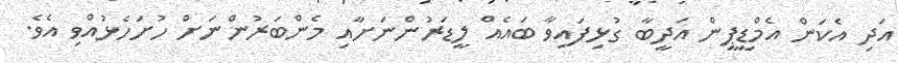
އަދި އެކަން އެމްޑީޕީން އަދީބާ ގުޅިފައިވާ ބައެއް ލީޑަރުންނަށާއި މެންބަރުންނަށް ހުށަހެޅުއްވި އެވެ.